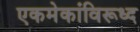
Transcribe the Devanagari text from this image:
एकमेकांविरूध्द